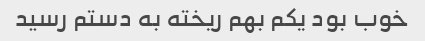
خوب بود یکم بهم ریخته به دستم رسید